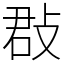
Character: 㪊